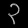
Digit: ၃